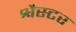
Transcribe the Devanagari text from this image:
श्वैस्टर